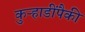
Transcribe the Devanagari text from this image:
कुऱ्हाडींपैकी